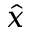
\hat { x }